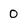
Character: 0